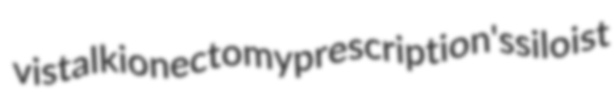
vistal kionectomy prescription's siloist